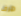
ظرف